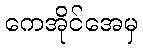
ကေအိုင်အေမှ